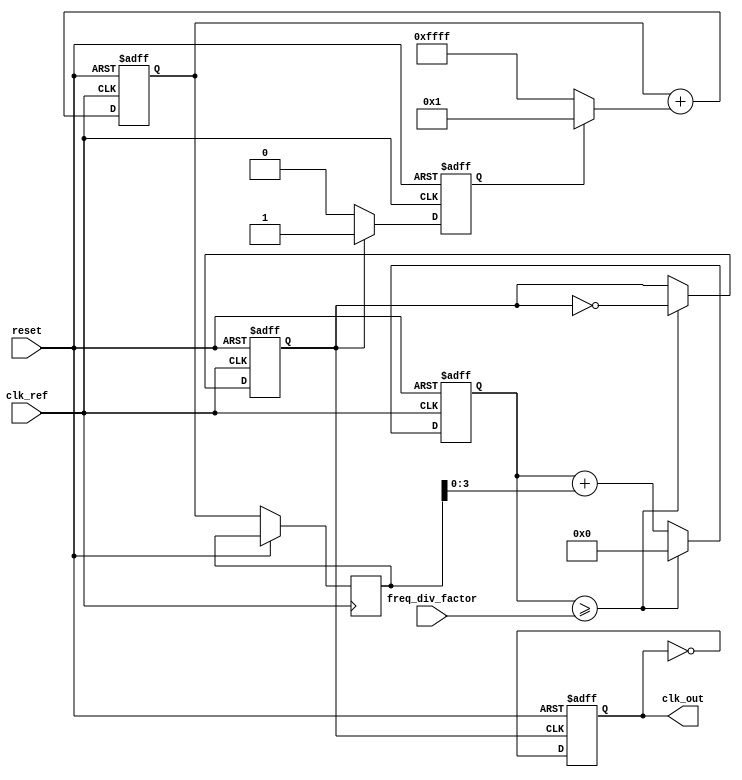
module ADPLL (
    input wire clk_ref,                 // Reference clock input
    input wire reset,                   // Active high reset
    input wire [3:0] freq_div_factor,   // Programmable frequency division factor
    output reg clk_out                  // PLL output clock
);

    // Internal signals
    reg [15:0] vco_cnt;                  // VCO counter
    reg [15:0] control_signal;           // Control signal from DLF
    reg error_signal;                    // Error signal from phase detector
    reg [15:0] loop_filter;              // Loop filter register
    reg clk_feedback;                    // Feedback clock signal

    // Phase Detector (PD)
    always @(posedge clk_ref or posedge reset) begin
        if (reset) begin
            error_signal <= 0;
        end else begin
            // Example Phase Detector logic (Basic comparison)
            if (clk_feedback) begin
                error_signal <= 1;  // Feedback clock is ahead
            end else begin
                error_signal <= 0;  // Feedback clock is behind
            end
        end
    end

    // Digital Loop Filter (DLF)
    always @(posedge clk_ref or posedge reset) begin
        if (reset) begin
            loop_filter <= 0;
        end else begin
            // Simple Integrator-based loop filter
            loop_filter <= loop_filter + (error_signal ? 1 : -1);
            control_signal <= loop_filter[15:0];  // Output control signal
        end
    end

    // Voltage-Controlled Oscillator (VCO)
    always @(posedge clk_ref or posedge reset) begin
        if (reset) begin
            vco_cnt <= 0;
            clk_feedback <= 0;
        end else begin
            vco_cnt <= vco_cnt + control_signal[3:0];  // Adjust frequency based on control signal

            // Determine the feedback clock based on division factor
            if (vco_cnt >= freq_div_factor) begin
                clk_feedback <= ~clk_feedback;         // Toggle output
                vco_cnt <= 0;                          // Reset counter
            end
        end
    end

    // Frequency Divider
    always @(posedge clk_feedback or posedge reset) begin
        if (reset) begin
            clk_out <= 0;
        end else begin
            // Divide by 2 for feedback (simplified)
            clk_out <= ~clk_out;
        end
    end

endmodule